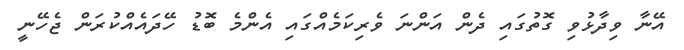
އޭނާ ވިދާޅުވި ގޮތުގައި ދެން އަންނަ ވެރިކަމެއްގައި އެންމެ ބޮޑު ހޭދައެއްކުރަން ޖެހޭނީ